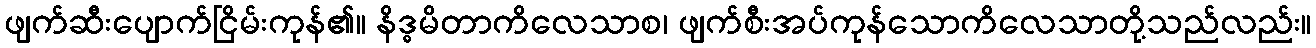
ဖျက်ဆီးပျောက်ငြိမ်းကုန်၏။ နိဒ္ဓမိတာကိလေသာစ၊ ဖျက်စီးအပ်ကုန်သောကိလေသာတို့သည်လည်း။